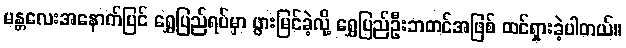
မန္တလေးအနောက်ပြင် ရွှေပြည်ရပ်မှာ ဖွားမြင်ခဲ့လို့ ရွှေပြည်ဦးဘတင်အဖြစ် ထင်ရှားခဲ့ပါတယ်။